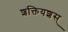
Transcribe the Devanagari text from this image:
शक्तियशस्